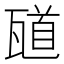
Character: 𪼼